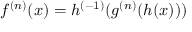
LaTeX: f ^ { ( n ) } ( x ) = h ^ { ( - 1 ) } ( g ^ { ( n ) } ( h ( x ) ) ) \,